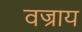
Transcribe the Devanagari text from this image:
वज्राय